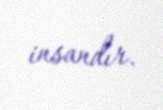
insandır.